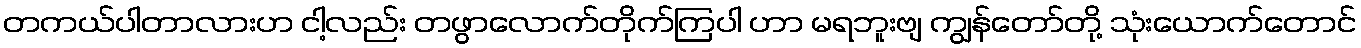
တကယ်ပါတာလားဟ ငါ့လည်း တဖွာလောက်တိုက်ကြပါ ဟာ မရဘူးဗျ ကျွန်တော်တို့ သုံးယောက်တောင်